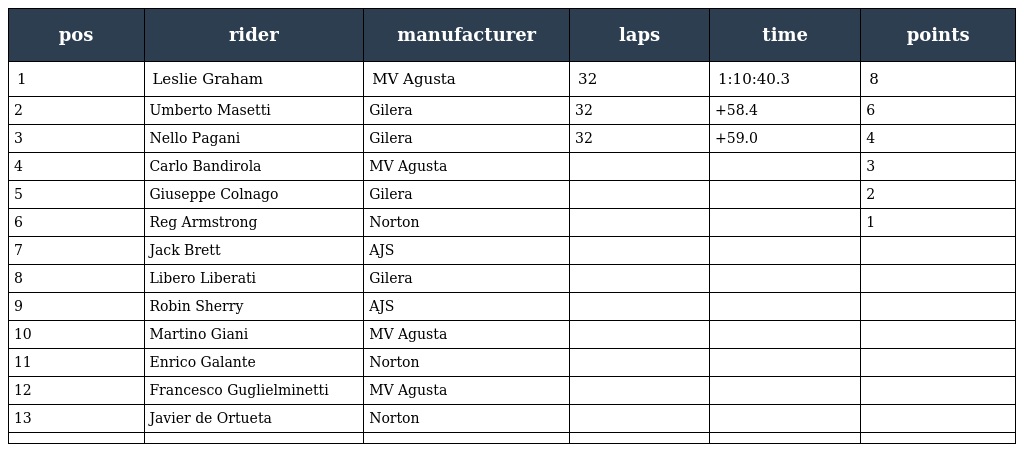
| pos | rider | manufacturer | laps | time | points |
 | --- | --- | --- | --- | --- | --- |
 | 1 | Leslie Graham | MV Agusta | 32 | 1:10:40.3 | 8 |
 | 2 | Umberto Masetti | Gilera | 32 | +58.4 | 6 |
 | 3 | Nello Pagani | Gilera | 32 | +59.0 | 4 |
 | 4 | Carlo Bandirola | MV Agusta |  |  | 3 |
 | 5 | Giuseppe Colnago | Gilera |  |  | 2 |
 | 6 | Reg Armstrong | Norton |  |  | 1 |
 | 7 | Jack Brett | AJS |  |  |  |
 | 8 | Libero Liberati | Gilera |  |  |  |
 | 9 | Robin Sherry | AJS |  |  |  |
 | 10 | Martino Giani | MV Agusta |  |  |  |
 | 11 | Enrico Galante | Norton |  |  |  |
 | 12 | Francesco Guglielminetti | MV Agusta |  |  |  |
 | 13 | Javier de Ortueta | Norton |  |  |  |
 |  |  |  |  |  |  |